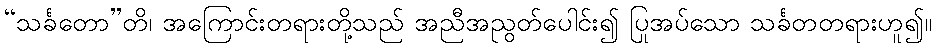
“သင်္ခတော”တိ၊ အကြောင်းတရားတို့သည် အညီအညွတ်ပေါင်း၍ ပြုအပ်သော သင်္ခတတရားဟူ၍။